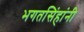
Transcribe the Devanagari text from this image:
भगतसिंहांनी